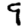
Digit: 9